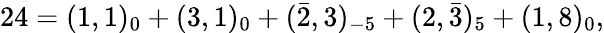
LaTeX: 24=(1,1)_{0}+(3,1)_{0}+(\bar{2},3)_{-5}+(2,\bar{3})_{5}+(1,8)_{0},